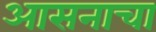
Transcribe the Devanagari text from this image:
आसनाचा